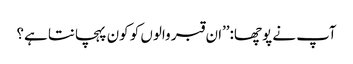
آپ نے پوچھا:’’ان قبر والوں کو کون پہچانتا ہے؟